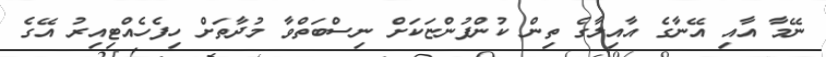
ނޭމާ އާއި އޭނާގެ އާއިލާގެ ތިން ކުންފުންޏަކަށް ނިސްބަތްވާ މުދާތަށް ހިފެހެއްޓިއިރު އޭގެ